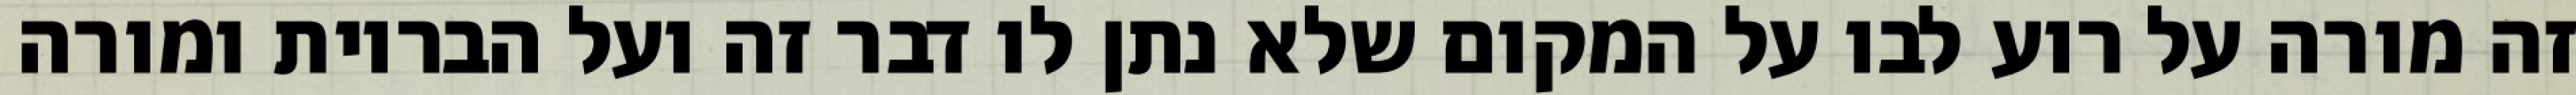
זה מורה על רוע לבו על המקום שלא נתן לו דבר זה ועל הבריות ומורה